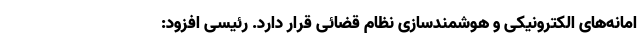
امانه‌های الکترونیکی و هوشمندسازی نظام قضائی قرار دارد. رئیسی افزود: